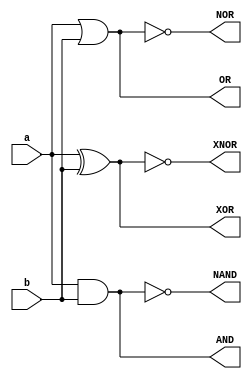
module gates (a, b, AND, NAND, OR , NOR, XNOR, XOR); //and, nand, or, nor, xnor, xor

input a, b;
output AND, NAND, OR , NOR, XNOR, XOR;

wire a, b, c, d, e, f, g, h, i, j, k, l;

and (AND,a,b);
nand (NAND,a,b);
or (OR,a,b);
nor (NOR,a,b);
xnor (XNOR,a,b);
xor (XOR,a,b);

endmodule